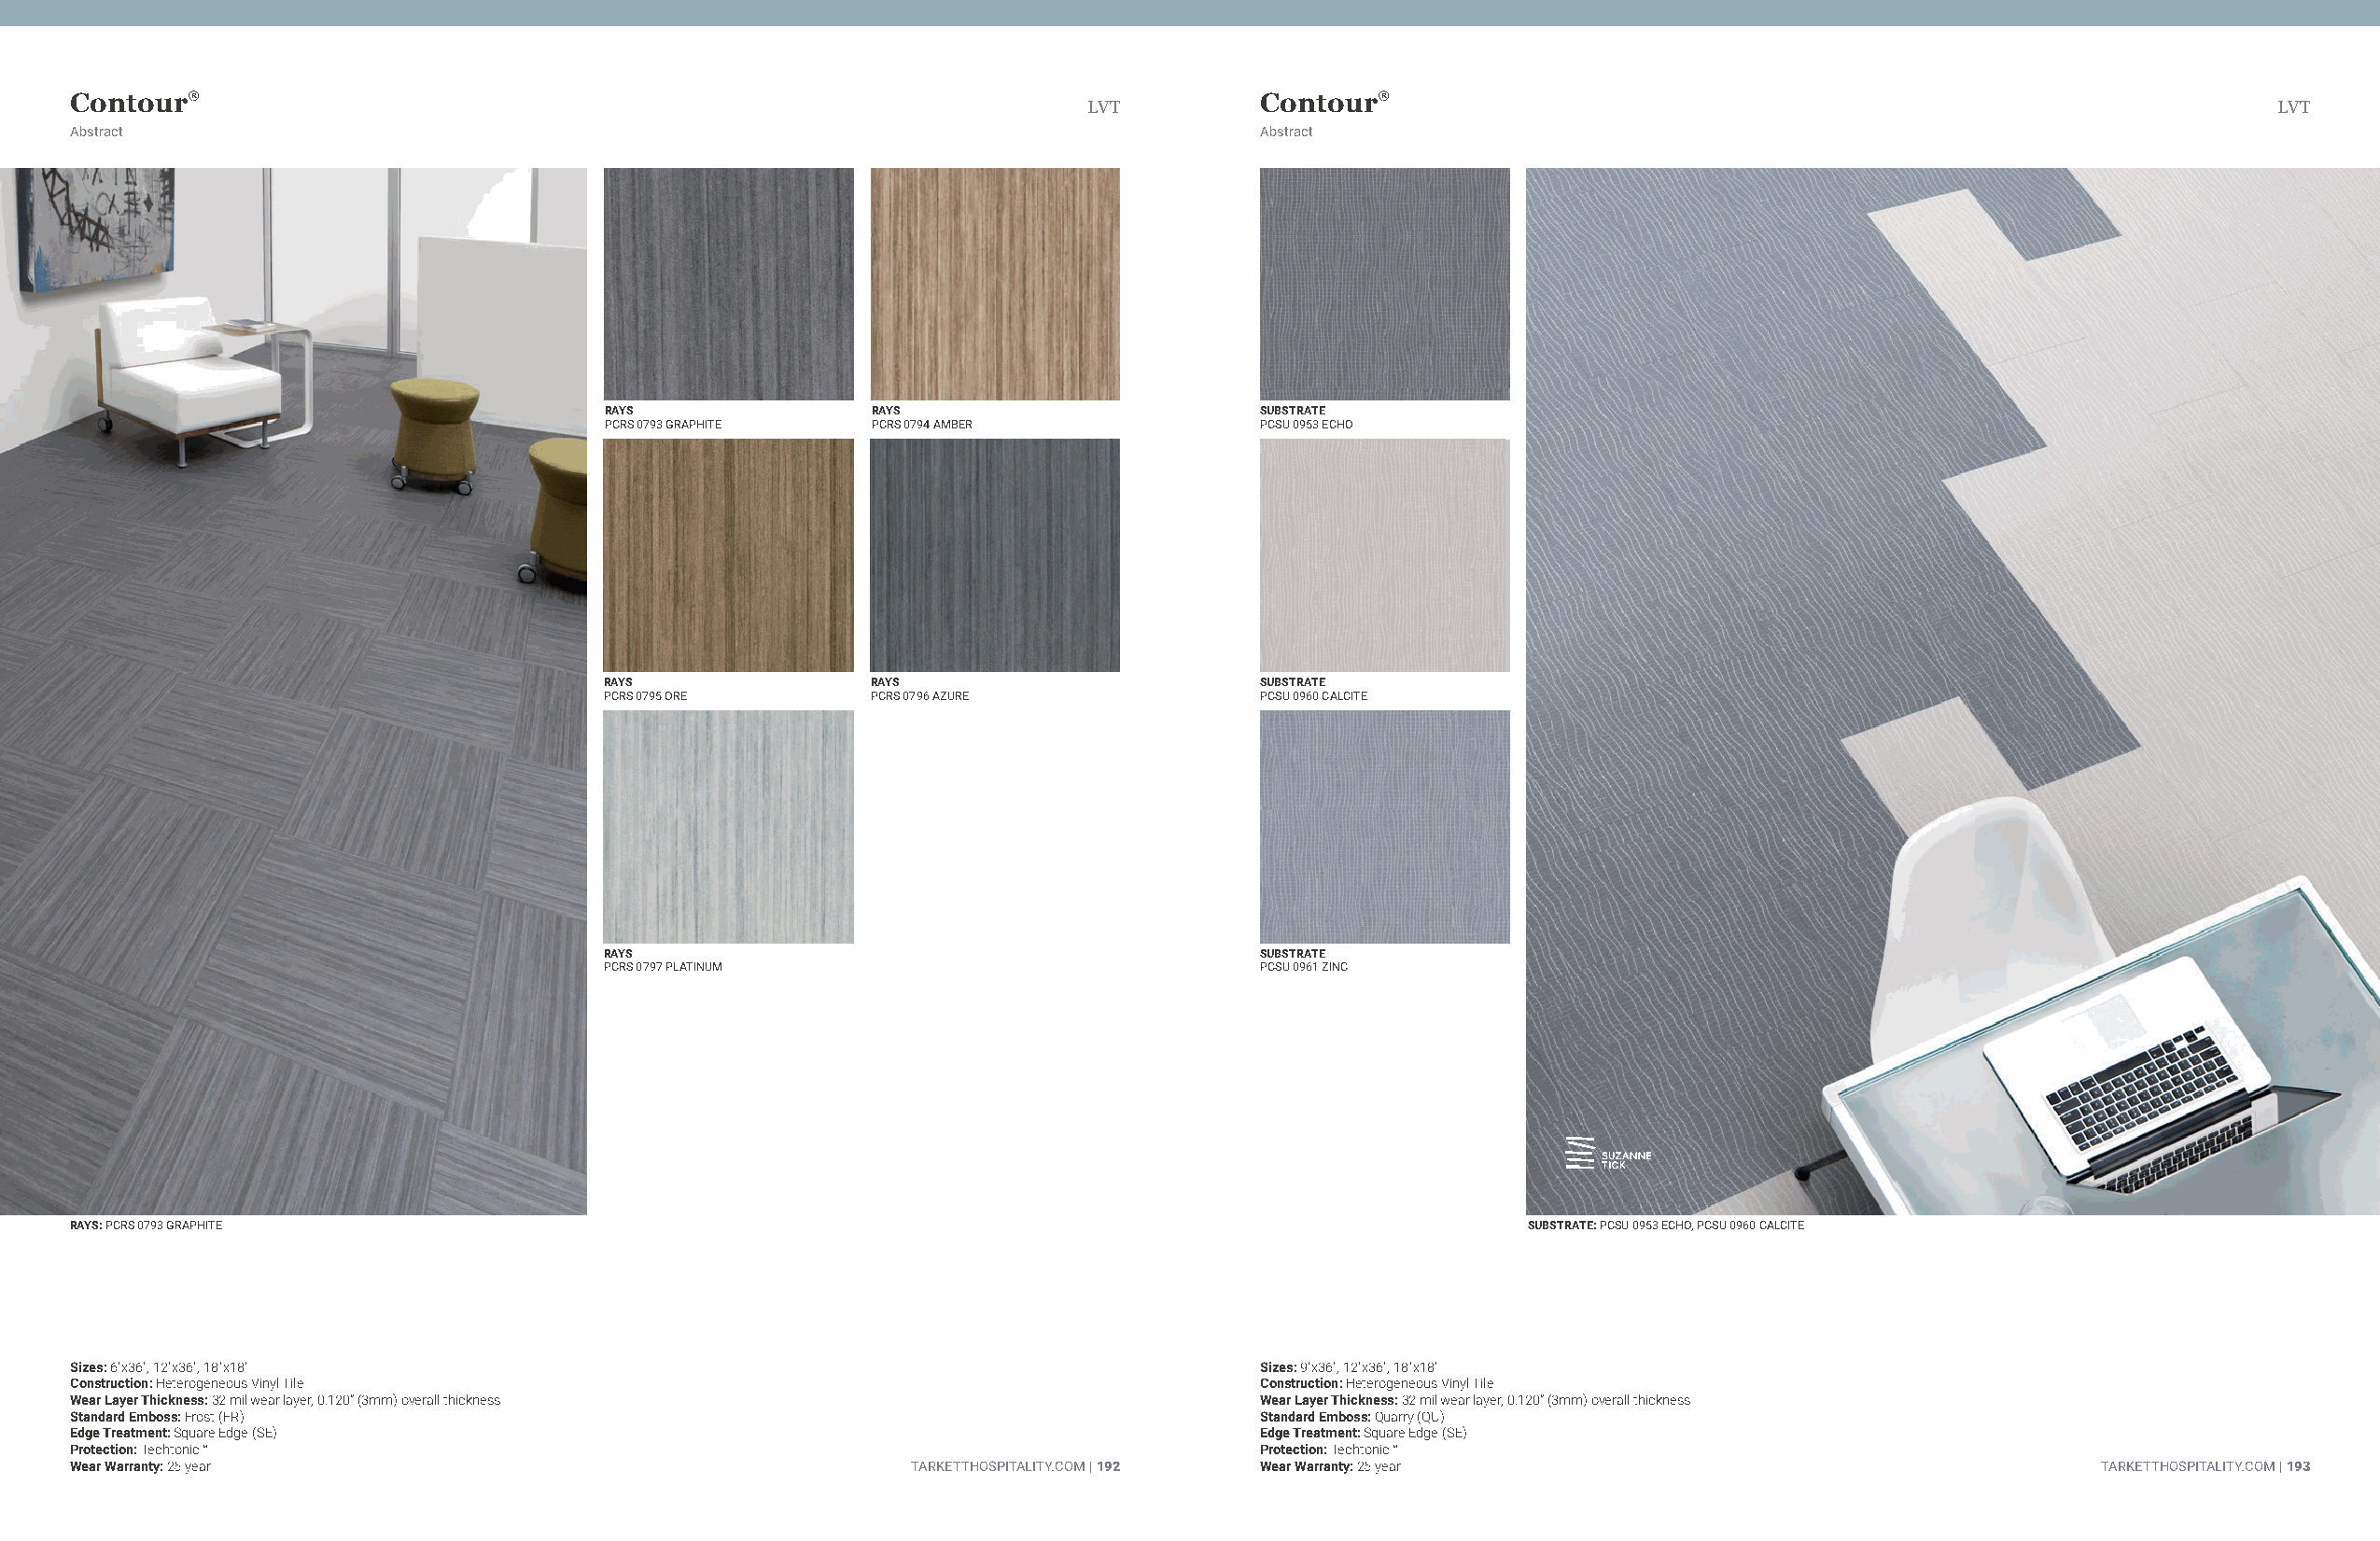
Contour®                                                                            Contour®
 LVT                                                                                  LVT
 Abstract                                                                            Abstract
 LVT
 RAYS               RAYS                       SUBSTRATE
 PCRS 0793 GRAPHITE PCRS 0794 AMBER            PCSU 0953 ECHO
 RAYS               RAYS                       SUBSTRATE
 PCRS 0795 ORE      PCRS 0796 AZURE            PCSU 0960 CALCITE
 RAYS                                          SUBSTRATE
 PCRS 0797 PLATINUM                            PCSU 0961 ZINC
 RAYS: PCRS 0793 GRAPHITE                                                                               SUBSTRATE: PCSU 0953 ECHO, PCSU 0960 CALCITE
 Sizes: 6"x36", 12"x36", 18"x18"                                                     Sizes: 9"x36", 12"x36", 18"x18"
 Construction: Heterogeneous Vinyl Tile                                              Construction: Heterogeneous Vinyl Tile
 Wear Layer Thickness: 32 mil wear layer, 0.120” (3mm) overall thickness             Wear Layer Thickness: 32 mil wear layer, 0.120” (3mm) overall thickness
 Standard Emboss: Frost (FR)                                                         Standard Emboss: Quarry (QU)
 Edge Treatment: Square Edge (SE)                                                    Edge Treatment: Square Edge (SE)
 Protection: Techtonic™                                                              Protection: Techtonic™
 Wear Warranty: 25 year                                      TARKETTHOSPITALITY.COM | 192 Wear Warranty: 25 year                                 TARKETTHOSPITALITY.COM | 193